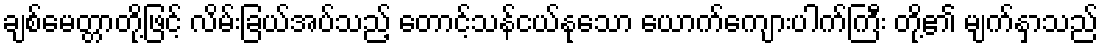
ချစ်မေတ္တာတို့ဖြင့် လိမ်းခြယ်အပ်သည့် တောင့်သန်ငယ်နုသော ယောက်ကျေားပါက်ကြီး တို့၏ မျက်နှာသည်